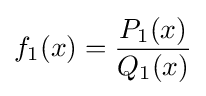
f_{1}(x)={\frac {P_{1}(x)}{Q_{1}(x)}}